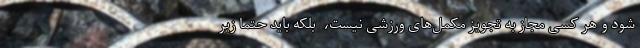
شود و هر کسی مجاز به تجویز مکمل‌های ورزشی نیست، ‌ بلکه باید حتما زیر